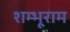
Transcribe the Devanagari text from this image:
शम्भूराम